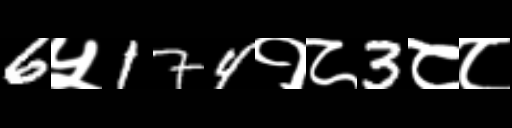
Text: 6५174१८3८८